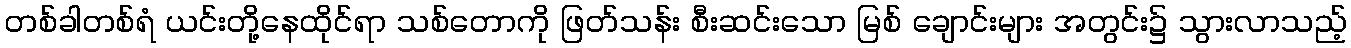
တစ်ခါတစ်ရံ ယင်းတို့နေထိုင်ရာ သစ်တောကို ဖြတ်သန်း စီးဆင်းသော မြစ် ချောင်းများ အတွင်း၌ သွားလာသည့်